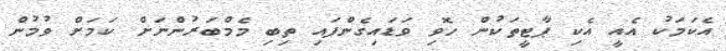
އެކަމަކު އެއީ އެކި ޕާޓީތަކުން ހޮވި ވަޑައިގެންފައި ތިބި މެމްބަރުންނަށް ކަމަށް ވުމުން